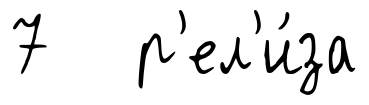
7 р'ел'и́за